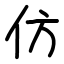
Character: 仿